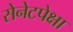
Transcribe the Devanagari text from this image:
सेनेटपेक्षा